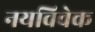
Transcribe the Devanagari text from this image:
नयविवेक